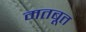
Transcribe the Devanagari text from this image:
मतबूत